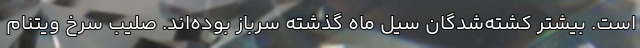
است. بیشتر کشته‌شدگان سیل ماه گذشته سرباز بوده‌اند. صلیب سرخ ویتنام